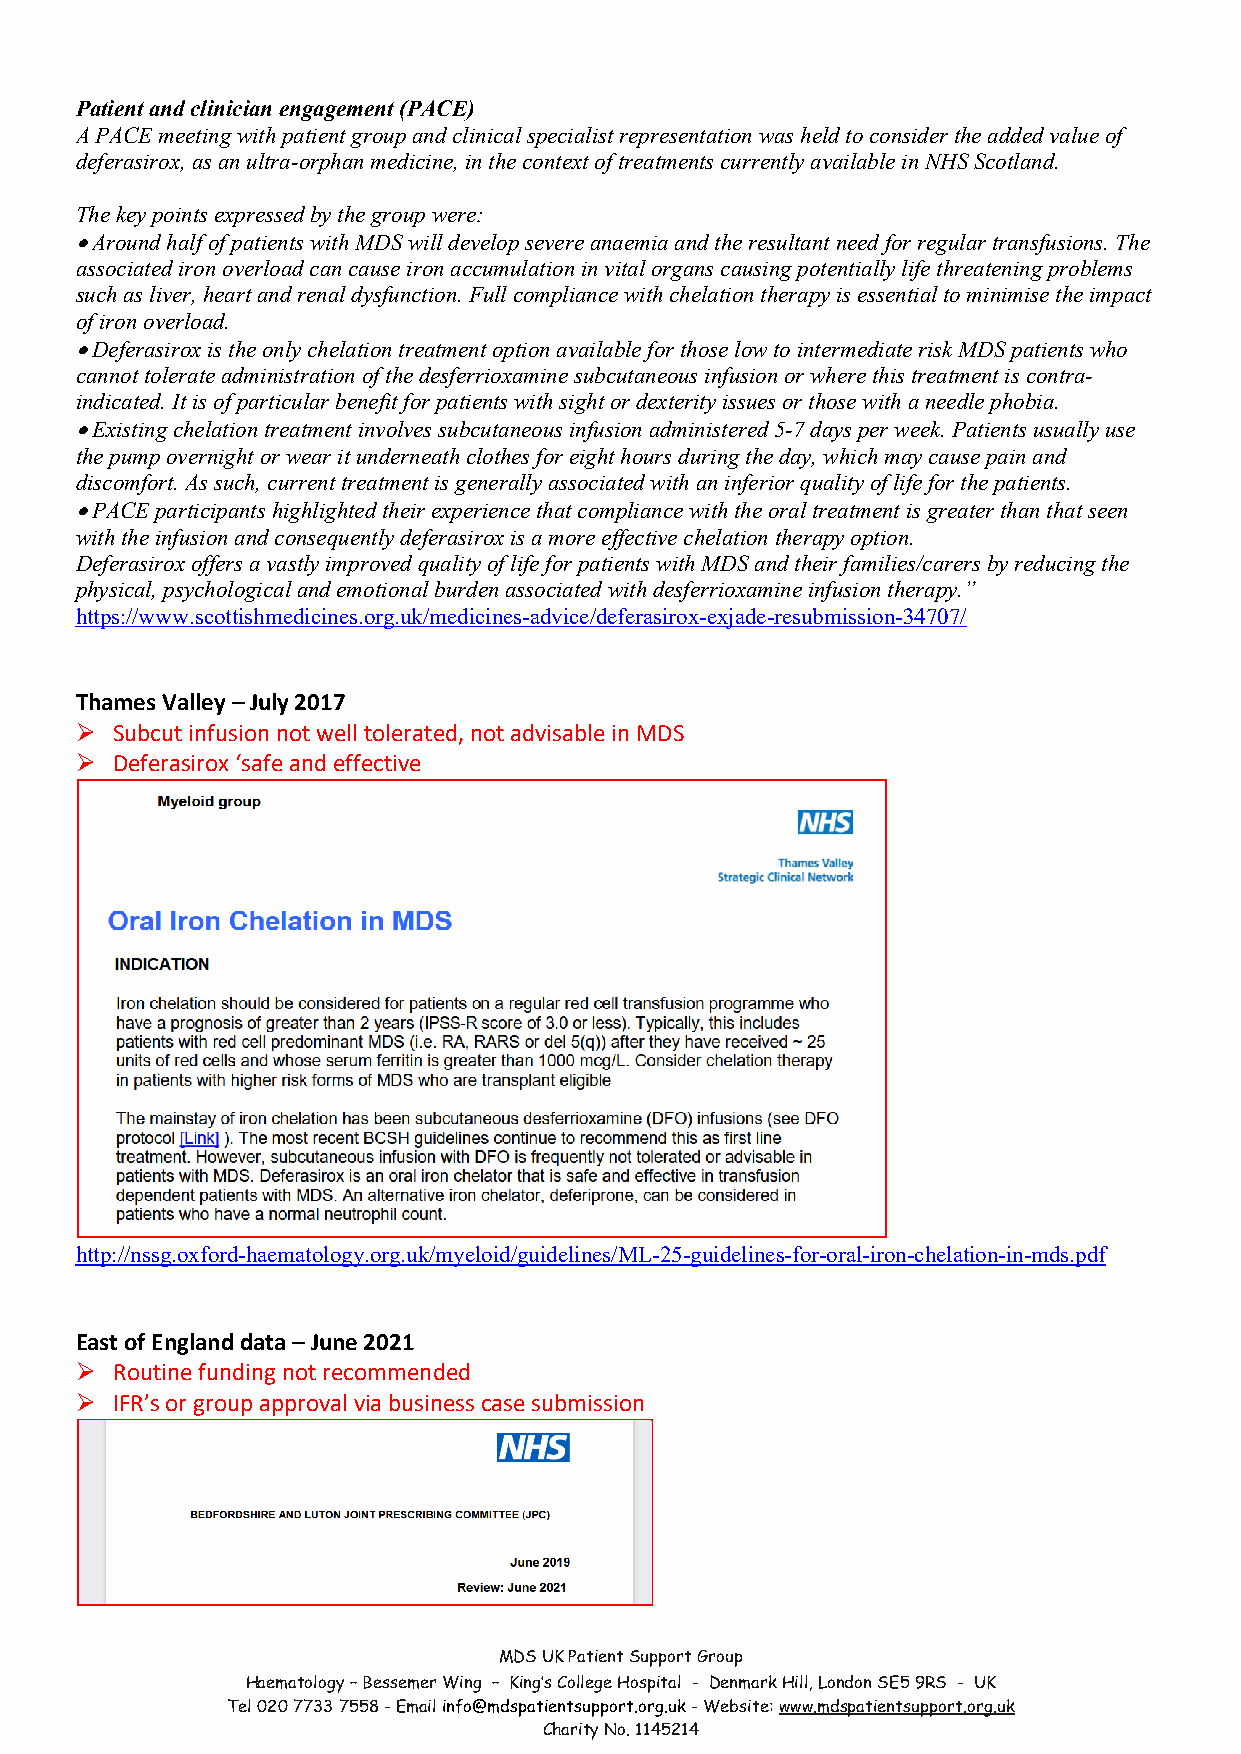
Patient and clinician engagement (PACE)
 A PACE meeting with patient group and clinical specialist representation was held to consider the added value of
 deferasirox, as an ultra-orphan medicine, in the context of treatments currently available in NHS Scotland.
 The key points expressed by the group were:
 • Around half of patients with MDS will develop severe anaemia and the resultant need for regular transfusions. The
 associated iron overload can cause iron accumulation in vital organs causing potentially life threatening problems
 such as liver, heart and renal dysfunction. Full compliance with chelation therapy is essential to minimise the impact
 of iron overload.
 • Deferasirox is the only chelation treatment option available for those low to intermediate risk MDS patients who
 cannot tolerate administration of the desferrioxamine subcutaneous infusion or where this treatment is contra-
 indicated. It is of particular benefit for patients with sight or dexterity issues or those with a needle phobia.
 • Existing chelation treatment involves subcutaneous infusion administered 5-7 days per week. Patients usually use
 the pump overnight or wear it underneath clothes for eight hours during the day, which may cause pain and
 discomfort. As such, current treatment is generally associated with an inferior quality of life for the patients.
 • PACE participants highlighted their experience that compliance with the oral treatment is greater than that seen
 with the infusion and consequently deferasirox is a more effective chelation therapy option.
 Deferasirox offers a vastly improved quality of life for patients with MDS and their families/carers by reducing the
 physical, psychological and emotional burden associated with desferrioxamine infusion therapy.”
 https://www.scottishmedicines.org.uk/medicines-advice/deferasirox-exjade-resubmission-34707/
 Thames Valley – July 2017
 Ø Subcut infusion not well tolerated, not advisable in MDS
 Ø Deferasirox ‘safe and effective
 http://nssg.oxford-haematology.org.uk/myeloid/guidelines/ML-25-guidelines-for-oral-iron-chelation-in-mds.pdf
 East of England data – June 2021
 Ø Routine funding not recommended
 Ø IFR’s or group approval via business case submission
 MDS UK Patient Support Group
 Haematology – Bessemer Wing – King’s College Hospital - Denmark Hill, London SE5 9RS - UK
 Tel 020 7733 7558 - Email info@mdspatientsupport.org.uk - Website: www.mdspatientsupport.org.uk
 Charity No. 1145214